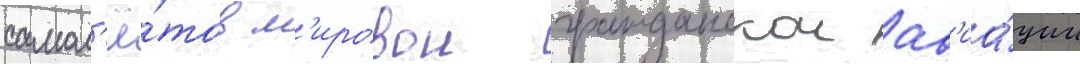
самол'ё́тов м'ировои гражданскои ав'иа́ции